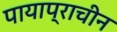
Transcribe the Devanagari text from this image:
पायाप्राचीन